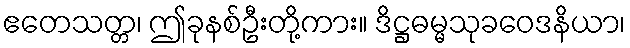
ဧတေသတ္တ၊ ဤခုနစ်ဦးတို့ကား။ ဒိဋ္ဌဓမ္မသုခဝေဒနိယာ၊